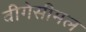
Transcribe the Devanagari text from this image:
वीगेसीमल